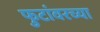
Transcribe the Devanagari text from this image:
फुटांवरच्या